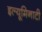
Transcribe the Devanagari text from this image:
इल्यूमिनाटी